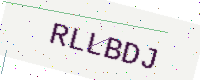
Text: RLLBDJ